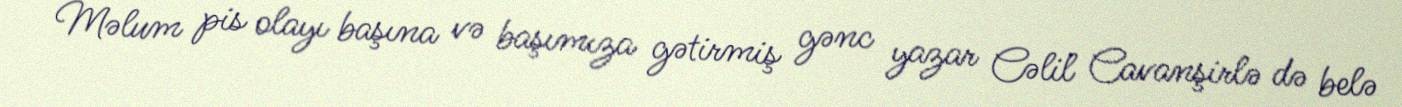
Məlum pis olayı başına və başımıza gətirmiş gənc yazar Cəlil Cavanşirlə də belə